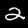
Label: 2